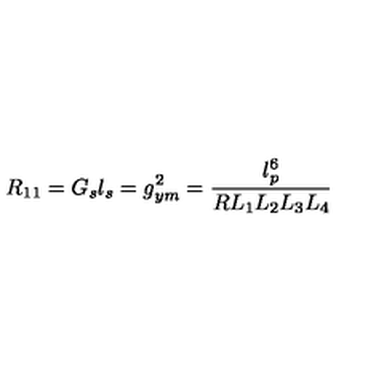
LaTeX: R _ { 1 1 } = G _ { s } l _ { s } = g _ { y m } ^ { 2 } = \frac { l _ { p } ^ { 6 } } { R L _ { 1 } L _ { 2 } L _ { 3 } L _ { 4 } }